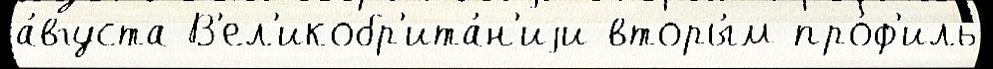
а́вгуста В'ел'икобр'ита́н'иjи вторы́м про́ф'иль